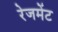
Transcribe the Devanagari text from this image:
रेजमेंट